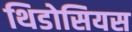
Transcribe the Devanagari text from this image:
थिडोसियस